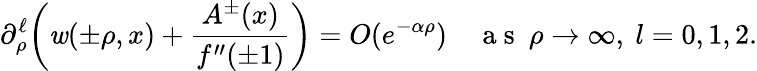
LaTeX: \partial_{\rho}^{\ell}\bigg(\mathit{w}(\pm\rho,x)+\frac{{A^{\pm}(x)}}{{f^{\prime\prime}(\pm1)}}\bigg)=O(e^{-\alpha\rho})\quad\mathrm{{~a~s~}}~\rho\to\infty,\ l=0,1,2.